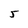
Character: 5